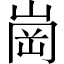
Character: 崗